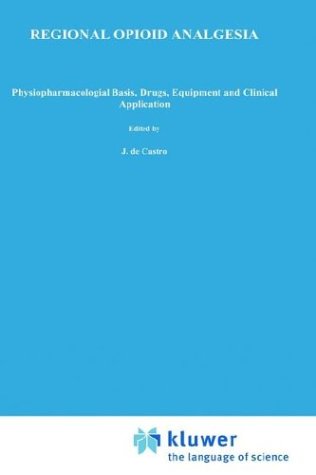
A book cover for Regional Opioid Analgesia: Physiopharmacological Basis, Drugs, Equipment and Clinical Application (Developments in Critical Care Medicine and Anaesthesiology); J. de Castro; Medical Books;